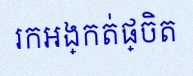
រកអង្កត់ផ្ចិត